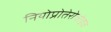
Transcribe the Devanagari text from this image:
नियोप्रोतेरोजोइक